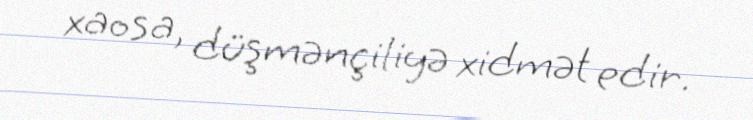
xaosa, düşmənçiliyə xidmət edir.